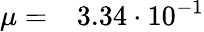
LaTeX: \mu=\phantom{-}3.34\cdot 10^{-1}